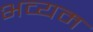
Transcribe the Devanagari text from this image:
भव्यम